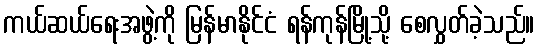
ကယ်ဆယ်ရေးအဖွဲ့ကို မြန်မာနိုင်ငံ ရန်ကုန်မြို့သို့ စေလွှတ်ခဲ့သည်။